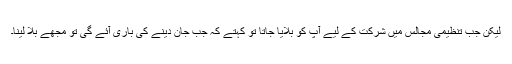
لیکن جب تنظیمی مجالس میں شرکت کے لیے آپ کو بلایا جاتا تو کہتے کہ جب جان دینے کی باری آئے گی تو مجھے بلا لینا۔